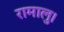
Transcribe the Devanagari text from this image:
रामालु।